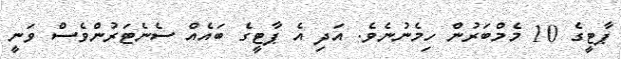
ޕާޓީގެ 10 މެމްބަރުން ހިމެނުނެވެ. އަދި އެ ޕާޓީގެ ބައެއް ސެނެޓަރުންވެސް ވަނީ